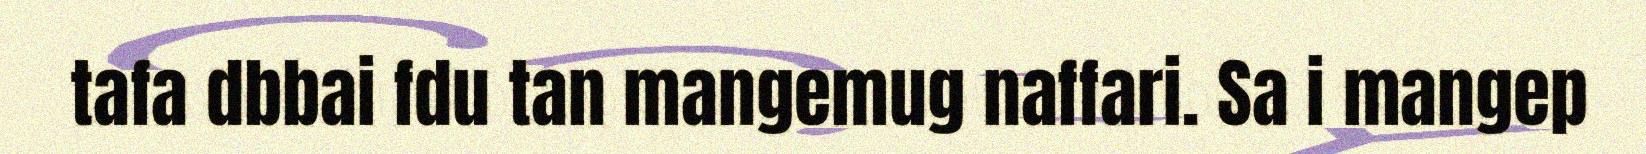
tafa dbbai fdu tan mangemug naffari. Sa i mangep